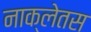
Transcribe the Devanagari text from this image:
नाक्लेतस